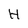
Character: H